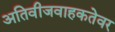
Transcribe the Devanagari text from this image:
अतिवीजवाहकतेवर